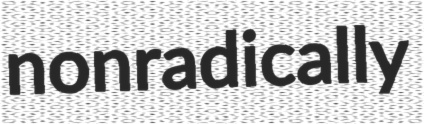
nonradically